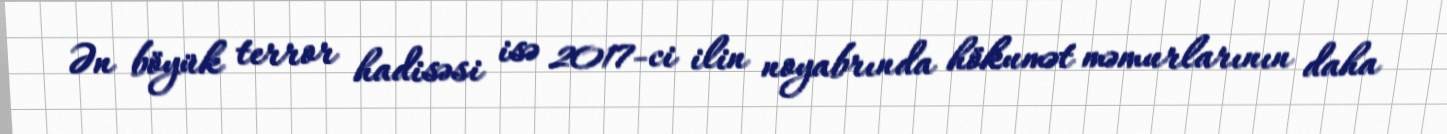
Ən böyük terror hadisəsi isə 2017-ci ilin noyabrında hökumət məmurlarının daha